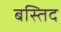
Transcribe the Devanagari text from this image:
बस्तिद